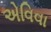
એવિવા